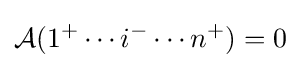
{\mathcal {A}}(1^{+}\cdots i^{-}\cdots n^{+})=0